Materia medica of Madras volume I
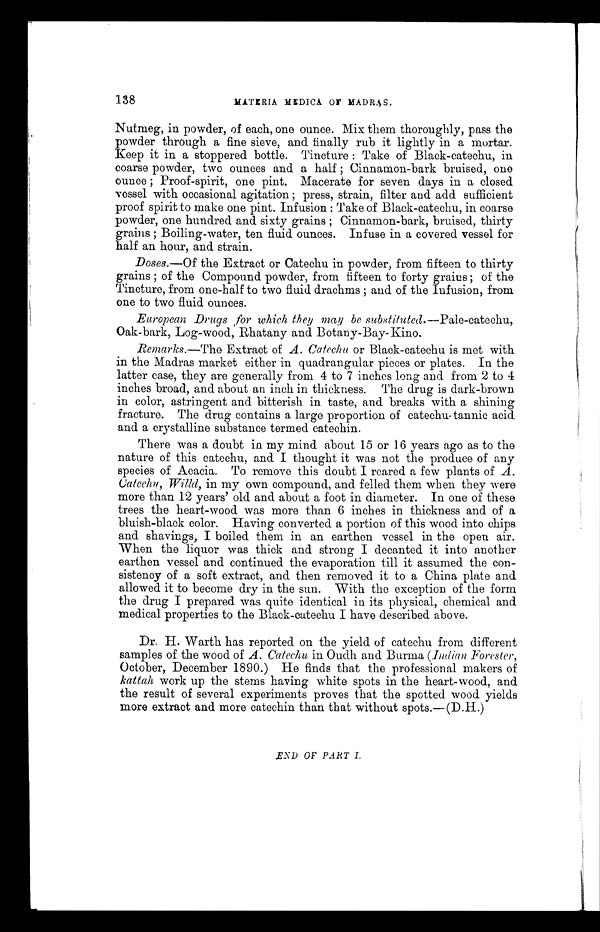
138
MATERIA MEDICA OF MADRAS.
Nutmeg, in powder, of each, one ounce. Mix them thoroughly, pass the
powder through a fine sieve, and finally rub it lightly in a mortar.
Keep it in a stoppered bottle. Tincture: Take of Black-catechu, in
coarse powder, two ounces and a half; Cinnamon-bark bruised, one
ounce; Proof-spirit, one pint. Macerate for seven days in a closed
vessel with occasional agitation; press, strain, filter and add sufficient
proof spirit to make one pint. Infusion: Take of Black-catechu, in coarse
powder, one hundred and sixty grains; Cinnamon-bark, bruised, thirty
grains; Boiling-water, ten fluid ounces. Infuse in a covered vessel for
half an hour, and strain.
Doses.—Of the Extract or Catechu in powder, from fifteen to thirty
grains; of the Compound powder, from fifteen to forty grains; of the
Tincture, from one-half to two fluid drachms; and of the Infusion, from
one to two fluid ounces.
European Drugs for which they may be substituted. —Pale-catechu,
Oak-bark, Log-wood, Rhatany and Botany-Bay-Kino.
Remarks.—The Extract of A. Catechu or Black-catechu is met with
in the Madras market either in quadrangular pieces or plates. In the
latter case, they are generally from 4 to 7 inches long and from 2 to 4
inches broad, and about an inch in thickness. The drug is dark-brown
in color, astringent and bitterish in taste, and breaks with a shining
fracture. The drug contains a large proportion of catechu tannic acid
and a crystalline substance termed catechin.
There was a doubt in my mind about 15 or 16 years ago as to the
nature of this catechu, and I thought it was not the produce of any
species of Acacia. To remove this doubt I reared a few plants of A.
Catechu, Willd, in my own compound, and felled them when they were
more than 12 years' old and about a foot in diameter. In one of these
trees the heart-wood was more than 6 inches in thickness and of a
bluish-black color. Having converted a portion of this wood into chips
and shavings, I boiled them in an earthen vessel in the open air.
When the liquor was thick and strong I decanted it into another
earthen vessel and continued the evaporation till it assumed the con
-sistency of a soft extract, and then removed it to a China plate and
allowed it to become dry in the sun. With the exception of the form
the drug I prepared was quite identical in its physical, chemical and
medical properties to the Black-catechu I have described above.
Dr. H. Worth has reported on the yield of catechu from different
samples of the wood of A. Catechu in Oudh and Burma (Indian Forester,
October, December 1890.) He finds that the professional makers of
kattah work up the sterns having white spots in the heart-wood, and
the result of several experiments proves that the spotted wood yields
more extract and more catechin than that without spots.—(D.H.)
END OF PART I.